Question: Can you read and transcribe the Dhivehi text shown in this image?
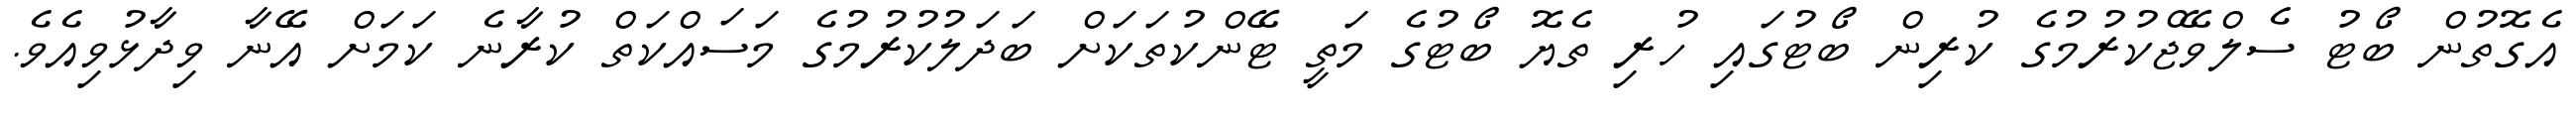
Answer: އެގޮތުން ބޯޓު ސެލްވޭޖްކުރުމުގެ ކުރިން ބޯޓުގައި ހުރި ތެޔޮ ބޯޓުގެ މަތީ ޓޭންކުތަކަށް ބަދަލުކުރުމުގެ މަސައްކަތް ކުރާނެ ކަމަށް އޭނާ ވިދާޅުވިއެވެ.